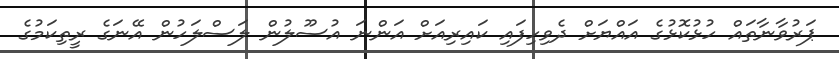
ޕަރުވާނާތައް ހުޅުކޮޅުގެ އައްޔަށް ދެވިހިފައި ކައިރިއަށް އަންނަ އުސޫލުން ލަސްލަހުން އޭނަގެ ރީތިކަމުގެ